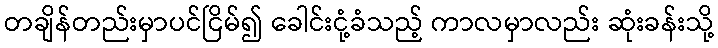
တချိန်တည်းမှာပင်ငြိမ်၍ ခေါင်းငုံ့ခံသည့် ကာလမှာလည်း ဆုံးခန်းသို့